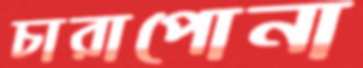
চারাপোনা